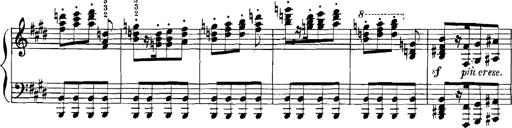
Title: Rhapsodies hongroises
Composer: Franz Liszt